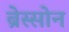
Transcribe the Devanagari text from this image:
ब्रेस्सोन